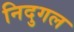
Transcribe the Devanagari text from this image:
निदुगल